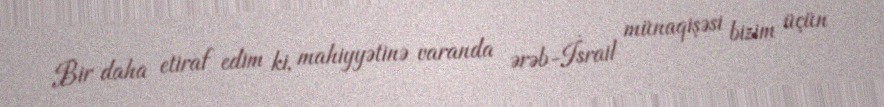
Bir daha etiraf edim ki, mahiyyətinə varanda ərəb-İsrail münaqişəsi bizim üçün